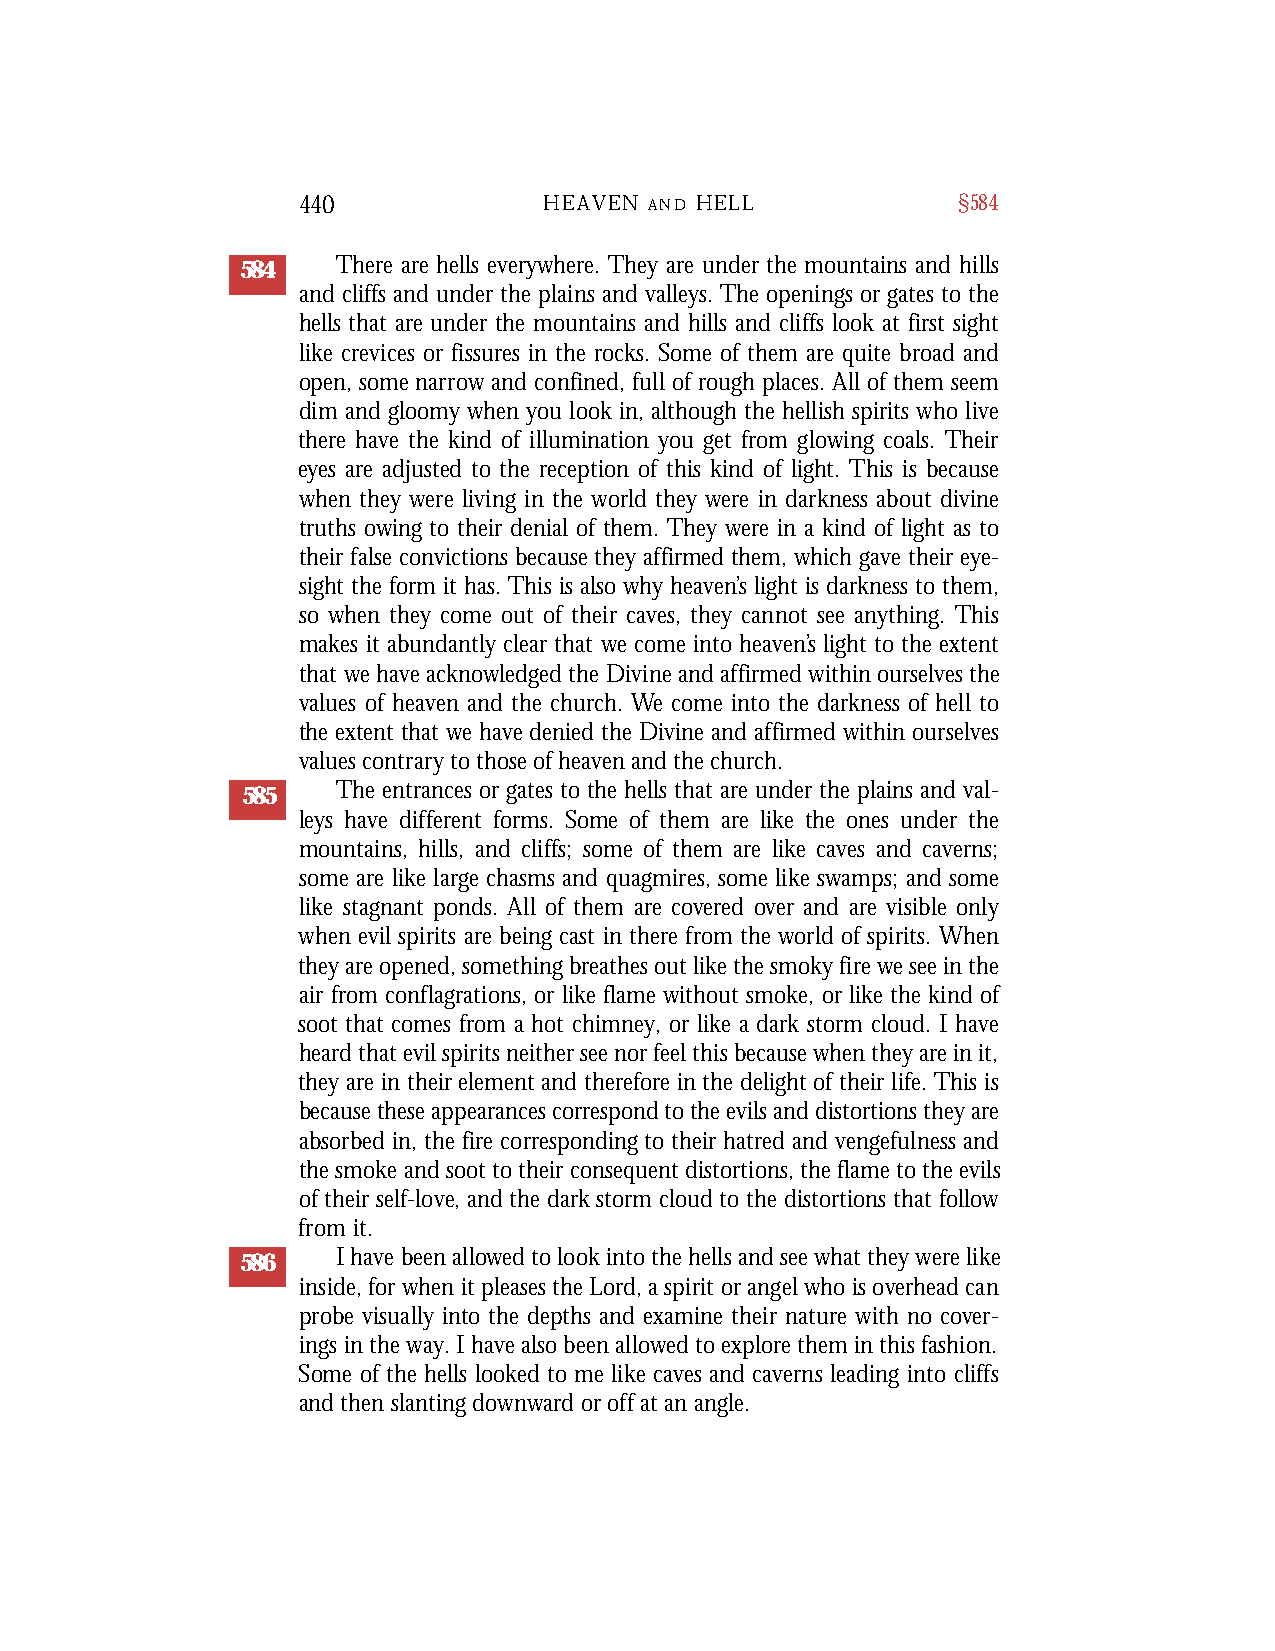
440             HEAVEN A N D H E L L       §584
 584   There are hells everywhere. They are under the mountains and hills
 and cliffs and under the plains and valleys. The openings or gates to the
 hells that are under the mountains and hills and cliffs look at first sight
 like crevices or fissures in the rocks. Some of them are quite broad and
 open, some narrow and confined, full of rough places. All of them seem
 dim and gloomy when you look in, although the hellish spirits who live
 there have the kind of illumination you get from glowing coals. Their
 eyes are adjusted to the reception of this kind of light. This is because
 when they were living in the world they were in darkness about divine
 truths owing to their denial of them. They were in a kind of light as to
 their false convictions because they affirmed them, which gave their eye-
 sight the form it has. This is also why heaven’s light is darkness to them,
 so when they come out of their caves, they cannot see anything. This
 makes it abundantly clear that we come into heaven’s light to the extent
 that we have acknowledged the Divine and affirmed within ourselves the
 values of heaven and the church. We come into the darkness of hell to
 the extent that we have denied the Divine and affirmed within ourselves
 values contrary to those of heaven and the church.
 585   The entrances or gates to the hells that are under the plains and val-
 leys have different forms. Some of them are like the ones under the
 mountains, hills, and cliffs; some of them are like caves and caverns;
 some are like large chasms and quagmires, some like swamps; and some
 like stagnant ponds. All of them are covered over and are visible only
 when evil spirits are being cast in there from the world of spirits. When
 they are opened, something breathes out like the smoky fire we see in the
 air from conflagrations, or like flame without smoke, or like the kind of
 soot that comes from a hot chimney, or like a dark storm cloud. I have
 heard that evil spirits neither see nor feel this because when they are in it,
 they are in their element and therefore in the delight of their life. This is
 because these appearances correspond to the evils and distortions they are
 absorbed in, the fire corresponding to their hatred and vengefulness and
 the smoke and soot to their consequent distortions, the flame to the evils
 of their self-love, and the dark storm cloud to the distortions that follow
 from it.
 586   I have been allowed to look into the hells and see what they were like
 inside, for when it pleases the Lord, a spirit or angel who is overhead can
 probe visually into the depths and examine their nature with no cover-
 ings in the way. I have also been allowed to explore them in this fashion.
 Some of the hells looked to me like caves and caverns leading into cliffs
 and then slanting downward or off at an angle.